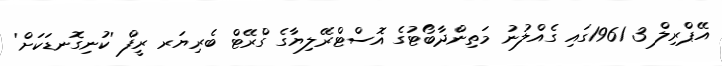
އޭޕްރިލް 3 1961ގައި ގެއްލުނު މަތިންދާބޯޓުގެ އޮސްޓްރޭލިޔާގެ ގްރޭޓް ބެރިޔަރ ރީފް 'ކުނިގޮނޑަކަށް'